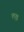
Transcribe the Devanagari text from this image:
ल़क्ष